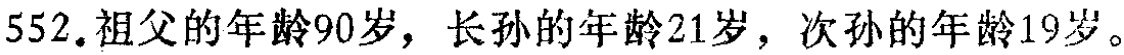
552.祖父的年龄90岁，长孙的年龄21岁，次孙的年龄19岁。